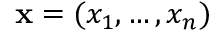
{ \bf x } = ( x _ { 1 } , \dots , x _ { n } )